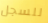
للسجل